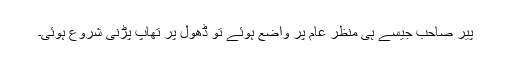
پیر صاحب جیسے ہی منظر عام پر واضع ہوئے تو ڈھول پر تھاپ پڑنی شروع ہوئی۔